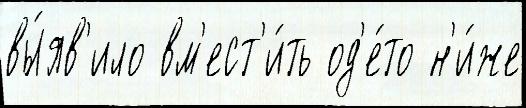
вы́яв'ило вм'ест'и́ть од'е́то н'и́же